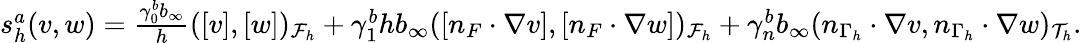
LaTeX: \begin{array}{r}{s_{h}^{a}(v,w)=\frac{\gamma_{0}^{b}b_{\infty}}{h}([v],[w])_{\mathcal{F}_{h}}+\gamma_{1}^{b}hb_{\infty}([n_{F}\cdot\nabla v],[n_{F}\cdot\nabla w])_{\mathcal{F}_{h}}+\gamma_{n}^{b}b_{\infty}(n_{\Gamma_{h}}\cdot\nabla v,n_{\Gamma_{h}}\cdot\nabla w)_{\mathcal{T}_{h}}.}\end{array}